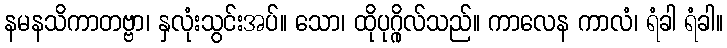
နမနသိကာတဗ္ဗာ၊ နှလုံးသွင်းအပ်။ သော၊ ထိုပုဂ္ဂိုလ်သည်။ ကာလေန ကာလံ၊ ရံခါ ရံခါ။